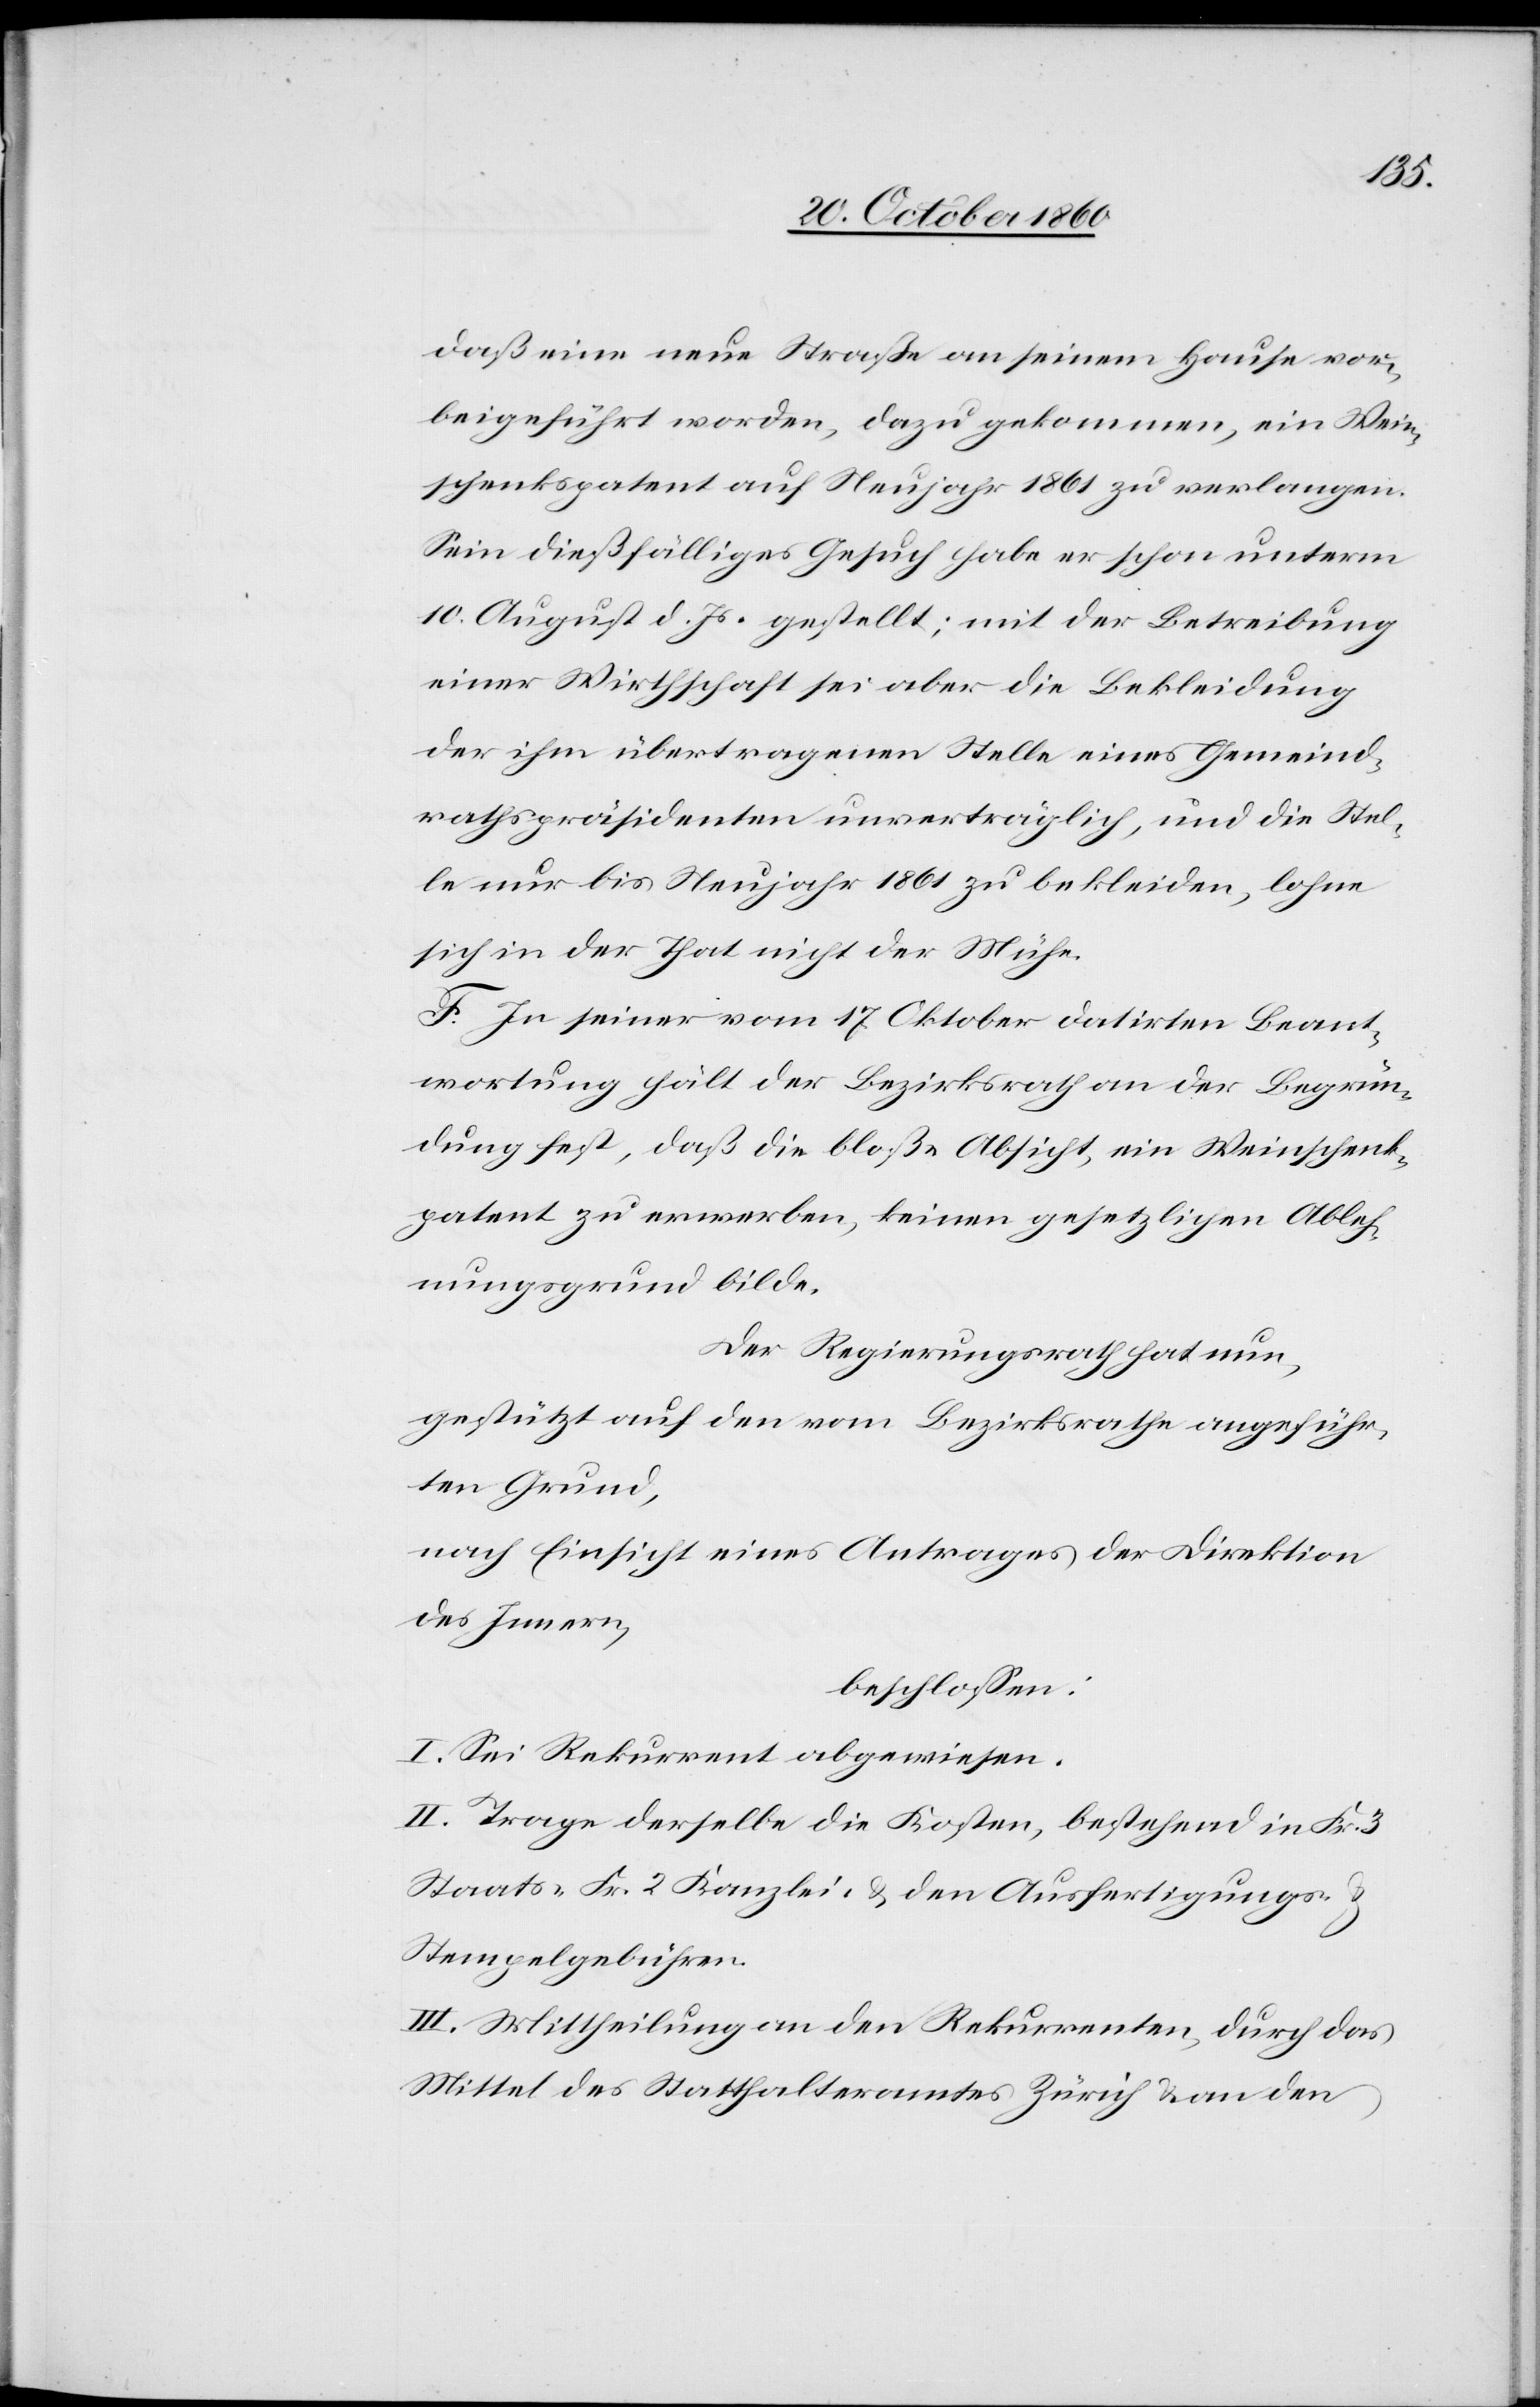
daß eine neue Straße an seinem Hause vor¬
beigeführt worden, dazu gekommen, ein Wein¬
schenkspatent auf Neujahr 1861 zu verlangen.
Sein dießfälliges Gesuch habe er schon unterm
10. August d. Js. gestellt; mit der Betreibung
einer Wirthschaft sei aber die Bekleidung
der ihm übertragenen Stelle eines Gemeind¬
rathspräsidenten unverträglich, und die Stel¬
le nur bis Neujahr 1861 zu bekleiden, lohne
sich in der That nicht der Mühe.
F. In seiner vom 17. Oktober datirten Beant¬
wortung hält der Bezirksrath an der Begrün¬
dung fest, daß die bloße Absicht, ein Weinschenk¬
patent zu erwerben, keinen gesetzlichen Ableh¬
nungsgrund bilde.
Der Regierungsrath hat nun,
gestützt auf den vom Bezirksrathe angeführ¬
ten Grund,
nach Einsicht eines Antrages der Direktion
des Innern,
beschlossen:
I. Sei Rekurrent abgewiesen.
II. Trage derselbe die Kosten, bestehend in Fr. 3
Staats-[,] Fr. 2 Kanzlei- u. den Ausfertigungs- u.
Stempelgebühren.
III. Mittheilung an den Rekurrenten, durch das
Mittel des Statthalteramtes Zürich u. an den